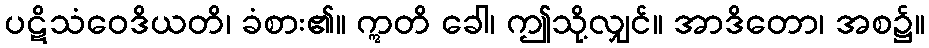
ပဋိသံဝေဒိယတိ၊ ခံစား၏။ ဣတိ ခေါ၊ ဤသို့လျှင်။ အာဒိတော၊ အစ၌။